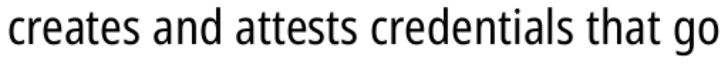
creates and attests credentials that go